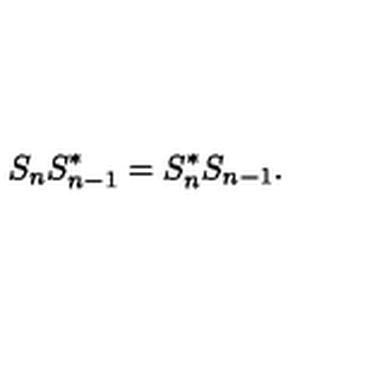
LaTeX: S _ { n } S _ { n - 1 } ^ { * } = S _ { n } ^ { * } S _ { n - 1 } .